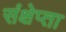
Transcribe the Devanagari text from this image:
संक्षेप्ता